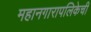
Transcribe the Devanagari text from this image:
महानगारापलिकेची